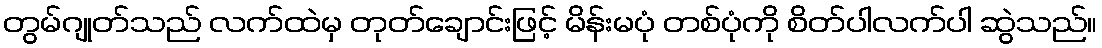
တွမ်ဂျုတ်သည် လက်ထဲမှ တုတ်ချောင်းဖြင့် မိန်းမပုံ တစ်ပုံကို စိတ်ပါလက်ပါ ဆွဲသည်။